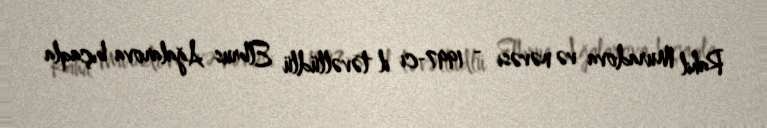
Rahil Muradova və nəvəsi - 1997-ci il təvəllüdlü Elbrus Ağalarova bıçaqla